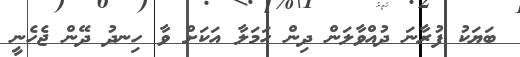
ބަޔަކު ފުރާނަ ދުއްވާލަން ދިން ހަމަލާ އަކަށް ވާ ހިނދު ދޭން ޖެހެނީ